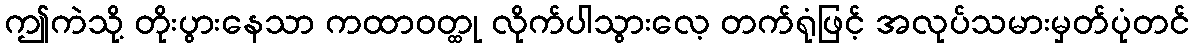
ဤကဲသို့ တိုးပွားနေသာ ကထာဝတ္ထု လိုက်ပါသွားလေ့ တက်ရုံဖြင့် အလုပ်သမားမှတ်ပုံတင်